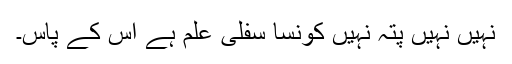
نہیں نہیں پتہ نہیں کونسا سفلی علم ہے اس کے پاس۔